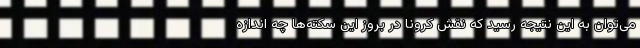
می‌توان به این نتیجه رسید که نقش کرونا در بروز این سکته‌ها چه اندازه